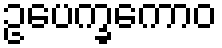
ဥပေက္ခကောဝ